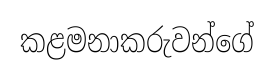
කළමනාකරුවන්ගේ